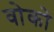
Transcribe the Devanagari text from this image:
वोको